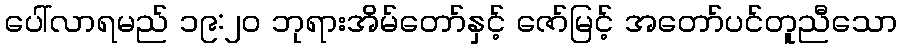
ပေါ်လာရမည် ၁၉:၂၀ ဘုရားအိမ်တော်နှင့် ဇော်မြင့် အတော်ပင်တူညီသော